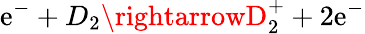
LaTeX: \mathrm{e}^{-}+D_{2}\rightarrowD_{2}^{+}+2\mathrm{e}^{-}